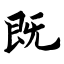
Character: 既